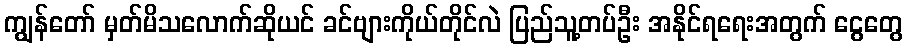
ကျွန်တော် မှတ်မိသလောက်ဆိုယင် ခင်ဗျားကိုယ်တိုင်လဲ ပြည်သူ့တပ်ဦး အနိုင်ရရေးအတွက် ငွေတွေ